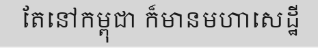
តែនៅកម្ពុជា ក៏មានមហាសេដ្ឋី